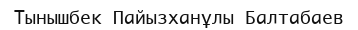
Тынышбек Пайызханұлы Балтабаев